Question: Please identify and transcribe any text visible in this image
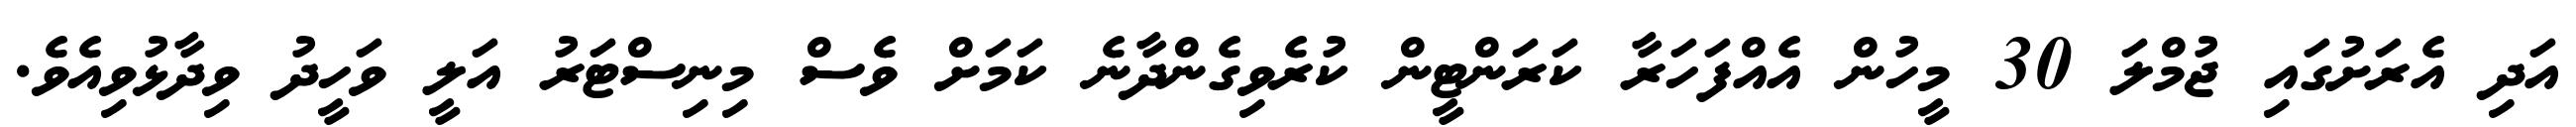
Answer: އަދި އެރަށުގައި ޖުމްލަ 30 މީހުން އެއްފަހަރާ ކަރަންޓީން ކުރެވިގެންދާނެ ކަމަށް ވެސް މިނިސްޓަރު އަލީ ވަހީދު ވިދާޅުވިއެވެ.